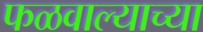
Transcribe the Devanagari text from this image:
फळवाल्याच्या